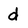
Character: d